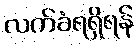
လက်ခံရရှိရန်